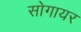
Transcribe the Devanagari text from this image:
सोगायर